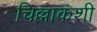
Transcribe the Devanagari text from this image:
चिल्लाकशी